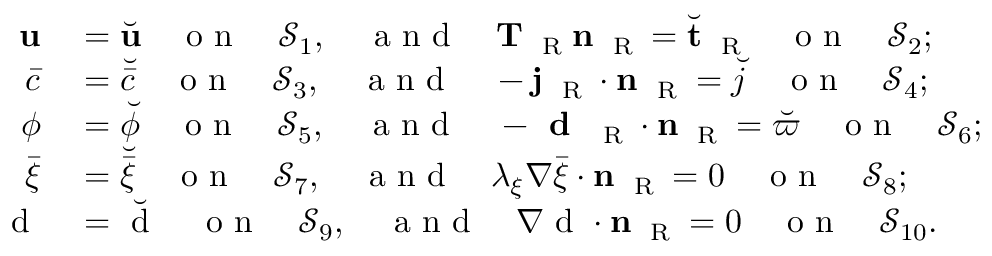
\begin{array} { r l } { { \bf u } } & { { } = \breve { { \bf u } } \quad \mathrm { ~ o ~ n ~ } \quad \mathcal { S } _ { 1 } , \quad \mathrm { ~ a ~ n ~ d ~ } \quad { \bf T } _ { \mathrm { ~ \tiny ~ R ~ } } { \bf n } _ { \mathrm { ~ \tiny ~ R ~ } } = \breve { { \bf t } } _ { \mathrm { ~ \tiny ~ R ~ } } \quad \mathrm { ~ o ~ n ~ } \quad \mathcal { S } _ { 2 } ; } \\ { \bar { c } } & { { } = \breve { \bar { c } } \quad \mathrm { ~ o ~ n ~ } \quad \mathcal { S } _ { 3 } , \quad \mathrm { ~ a ~ n ~ d ~ } \quad - { \bf j } _ { \mathrm { ~ \tiny ~ R ~ } } \cdot { \bf n } _ { \mathrm { ~ \tiny ~ R ~ } } = \breve { j } \quad \mathrm { ~ o ~ n ~ } \quad \mathcal { S } _ { 4 } ; } \\ { \phi } & { { } = \breve { \phi } \quad \mathrm { ~ o ~ n ~ } \quad \mathcal { S } _ { 5 } , \quad \mathrm { ~ a ~ n ~ d ~ } \quad - \textbf { d } _ { \mathrm { ~ \tiny ~ R ~ } } \cdot { \bf n } _ { \mathrm { ~ \tiny ~ R ~ } } = \breve { \varpi } \quad \mathrm { ~ o ~ n ~ } \quad \mathcal { S } _ { 6 } ; } \\ { \bar { \xi } } & { { } = \breve { \bar { \xi } } \quad \mathrm { ~ o ~ n ~ } \quad \mathcal { S } _ { 7 } , \quad \mathrm { ~ a ~ n ~ d ~ } \quad \lambda _ { \xi } \nabla \bar { \xi } \cdot { \bf n } _ { \mathrm { ~ \tiny ~ R ~ } } = 0 \quad \mathrm { ~ o ~ n ~ } \quad \mathcal { S } _ { 8 } ; } \\ { \mathrm { ~ d ~ } } & { { } = \breve { \mathrm { ~ d ~ } } \quad \mathrm { ~ o ~ n ~ } \quad \mathcal { S } _ { 9 } , \quad \mathrm { ~ a ~ n ~ d ~ } \quad { \nabla \mathrm { ~ d ~ } } \cdot { \bf n } _ { \mathrm { ~ \tiny ~ R ~ } } = 0 \quad \mathrm { ~ o ~ n ~ } \quad \mathcal { S } _ { 1 0 } . } \end{array}